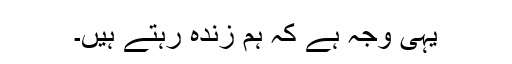
یہی وجہ ہے کہ ہم زندہ رہتے ہیں۔